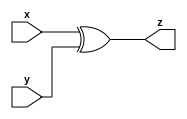
module xorg(input x,y,output z);
  assign z=x^y;
endmodule 
module tb_xorg;
  reg x,y;
  wire z;
  xorg tb_xorg(.x(x),.y(y),.z(z));
  initial begin
    $dumpfile("dump.vcd");
    $dumpvars;
    x=0;y=0;
    #10;
    x=0;y=1;
    #10;
    x=1;y=0;
    #10;
    x=1;y=1;
    $finish;
  end
  always@(z)
    $display("At time %0t: x=%b,y=%b,z=%b",$time,x,y,z);
endmodule